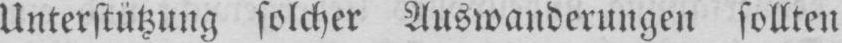
Unterstützung solcher Auswanderungen sollten